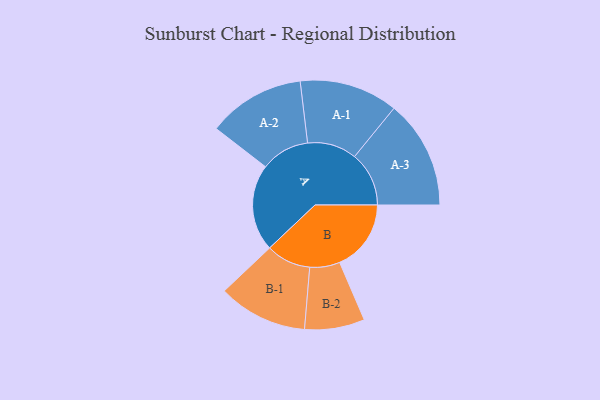
{"axis": {"x": "Segment", "y": "Value"}, "legend": ["", "A", "B"], "data": [{"x": "A", "y": 396, "type": ""}, {"x": "B", "y": 326, "type": ""}, {"x": "A-1", "y": 225, "type": "A"}, {"x": "A-2", "y": 222, "type": "A"}, {"x": "A-3", "y": 248, "type": "A"}, {"x": "B-1", "y": 204, "type": "B"}, {"x": "B-2", "y": 137, "type": "B"}]}